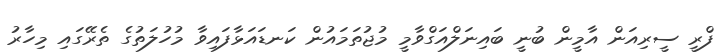
ފްރީ ސީރިއަން އާމީން ބުނީ ބައިނަލްއަގްވާމީ މުޖުތަމައުން ކަނޑައަޅާފައިވާ މުހުލަތުގެ ތެރޭގައި މިހާރު